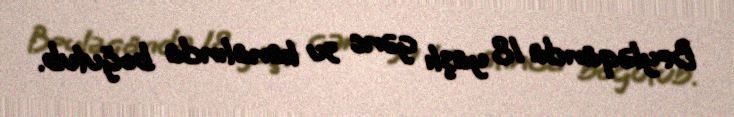
Beyləqanda 18 yaşlı gənc su kanalında boğulub.